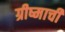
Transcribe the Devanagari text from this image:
ग्रीष्माची